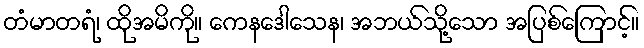
တံမာတရံ၊ ထိုအမိကို။ ကေနဒေါသေန၊ အဘယ်သို့သော အပြစ်ကြောင့်။